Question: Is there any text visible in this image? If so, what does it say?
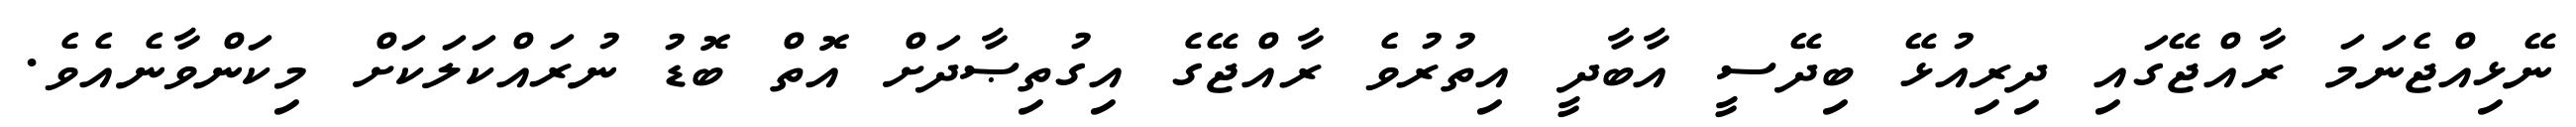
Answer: ނޭޅިއްޖެނަމަ ރާއްޖޭގައި ދިރިއުޅޭ ބިދޭސީ އާބާދީ އިތުރުވެ ރާއްޖޭގެ އިގުތިޞާދަށް އޮތް ބޮޑު ނުރައްކަލަކަށް މިކަންވާނެއެވެ.